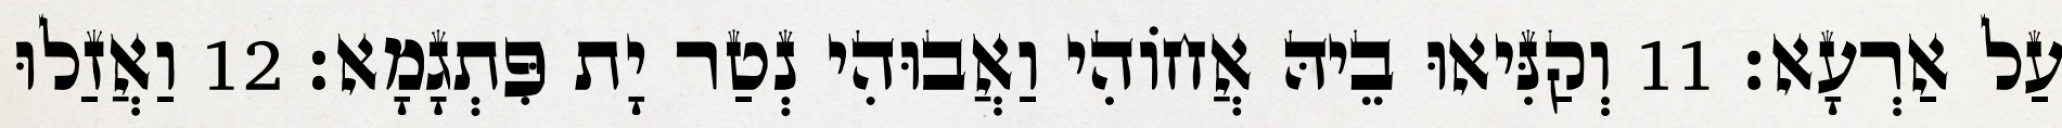
עַל אַרְעָא׃ 11 וְקַנִּיאוּ בֵיהּ אֲחוֹהִי וַאֲבוּהִי נְטַר יָת פִּתְגָמָא׃ 12 וַאֲזַלוּ